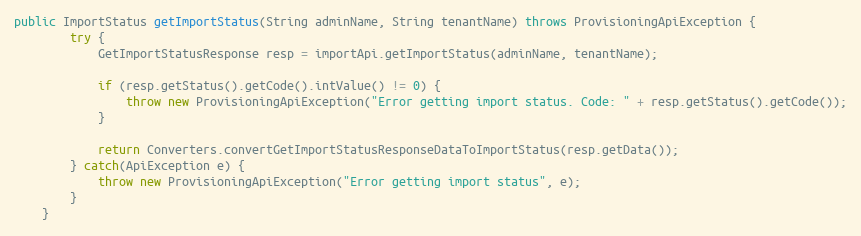
Language: Java
public ImportStatus getImportStatus(String adminName, String tenantName) throws ProvisioningApiException {
		try {
			GetImportStatusResponse resp = importApi.getImportStatus(adminName, tenantName);

			if (resp.getStatus().getCode().intValue() != 0) {
				throw new ProvisioningApiException("Error getting import status. Code: " + resp.getStatus().getCode());
			}

			return Converters.convertGetImportStatusResponseDataToImportStatus(resp.getData());
        } catch(ApiException e) {
        	throw new ProvisioningApiException("Error getting import status", e);
        }
	}